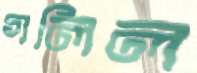
গলিল